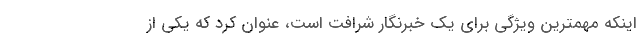
اینکه مهمترین ویژگی برای یک خبرنگار شرافت است، عنوان کرد که یکی از